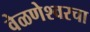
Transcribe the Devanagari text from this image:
वेळणेश्वरचा